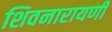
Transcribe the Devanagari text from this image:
शिवनारायणी